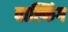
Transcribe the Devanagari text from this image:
वाल्किंग